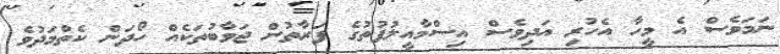
ނަމަވެސް އެ މީހާ އެހުރި އަދިވެސް އިސްމާއީލުފުތުގެ ފަރާތުން ޖަވާބުތަކެއް ހޯދަން ކެތްމަދުވެ